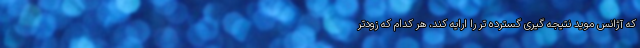
که آژانس موید نتیجه گیری گسترده تر را ارایه کند، هر کدام که زودتر